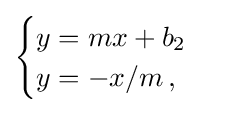
{\begin{cases}y=mx+b_{2}\\y=-x/m\,,\end{cases}}